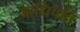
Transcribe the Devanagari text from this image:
आधिपति